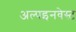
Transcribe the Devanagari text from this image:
अल्पइनवेस्ट